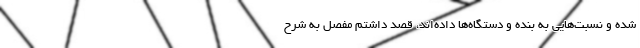
شده و نسبت‌هایی به بنده و دستگاه‌ها داده‌اند، قصد داشتم مفصل به شرح